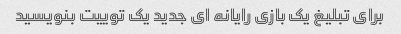
برای تبلیغ یک بازی رایانه ای جدید یک توییت بنویسید